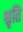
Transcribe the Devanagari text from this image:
श्रृति